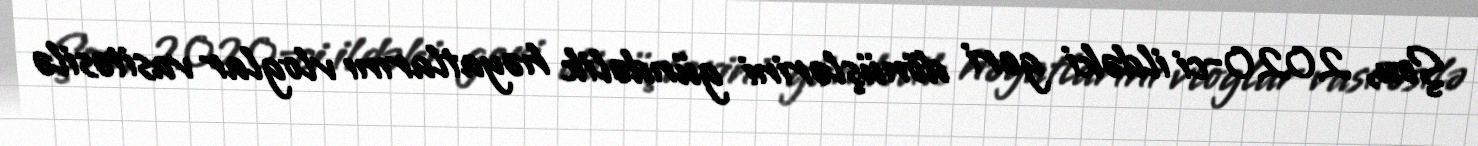
Şou, 2020-ci ildəki geri dönüşlərini gündəlik həyatlarını vloglar vasitəsilə